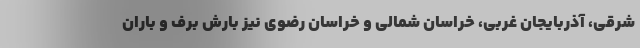
شرقی، آذربایجان غربی، خراسان شمالی و خراسان رضوی نیز بارش برف و باران